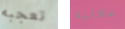
تعجبه علانية